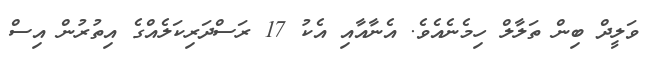
ވަލީދް ބިން ތަލާލް ހިމެނެއެވެ. އެނާއާއި އެކު 17 ރަސްދަރިކަލެއްގެ އިތުރުން އިސް